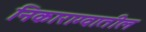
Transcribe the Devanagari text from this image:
निकाराग्वातील